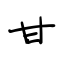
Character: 甘